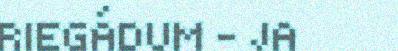
RIEGÁDUM – JA